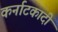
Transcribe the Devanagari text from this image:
कर्नाटकादी